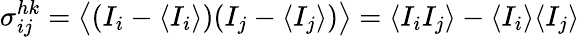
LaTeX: \sigma_{ij}^{hk}=\big\langle(I_{i}-\langle I_{i}\rangle)(I_{j}-\langle I_{j}\rangle)\big\rangle=\langle I_{i}I_{j}\rangle-\langle I_{i}\rangle\langle I_{j}\rangle